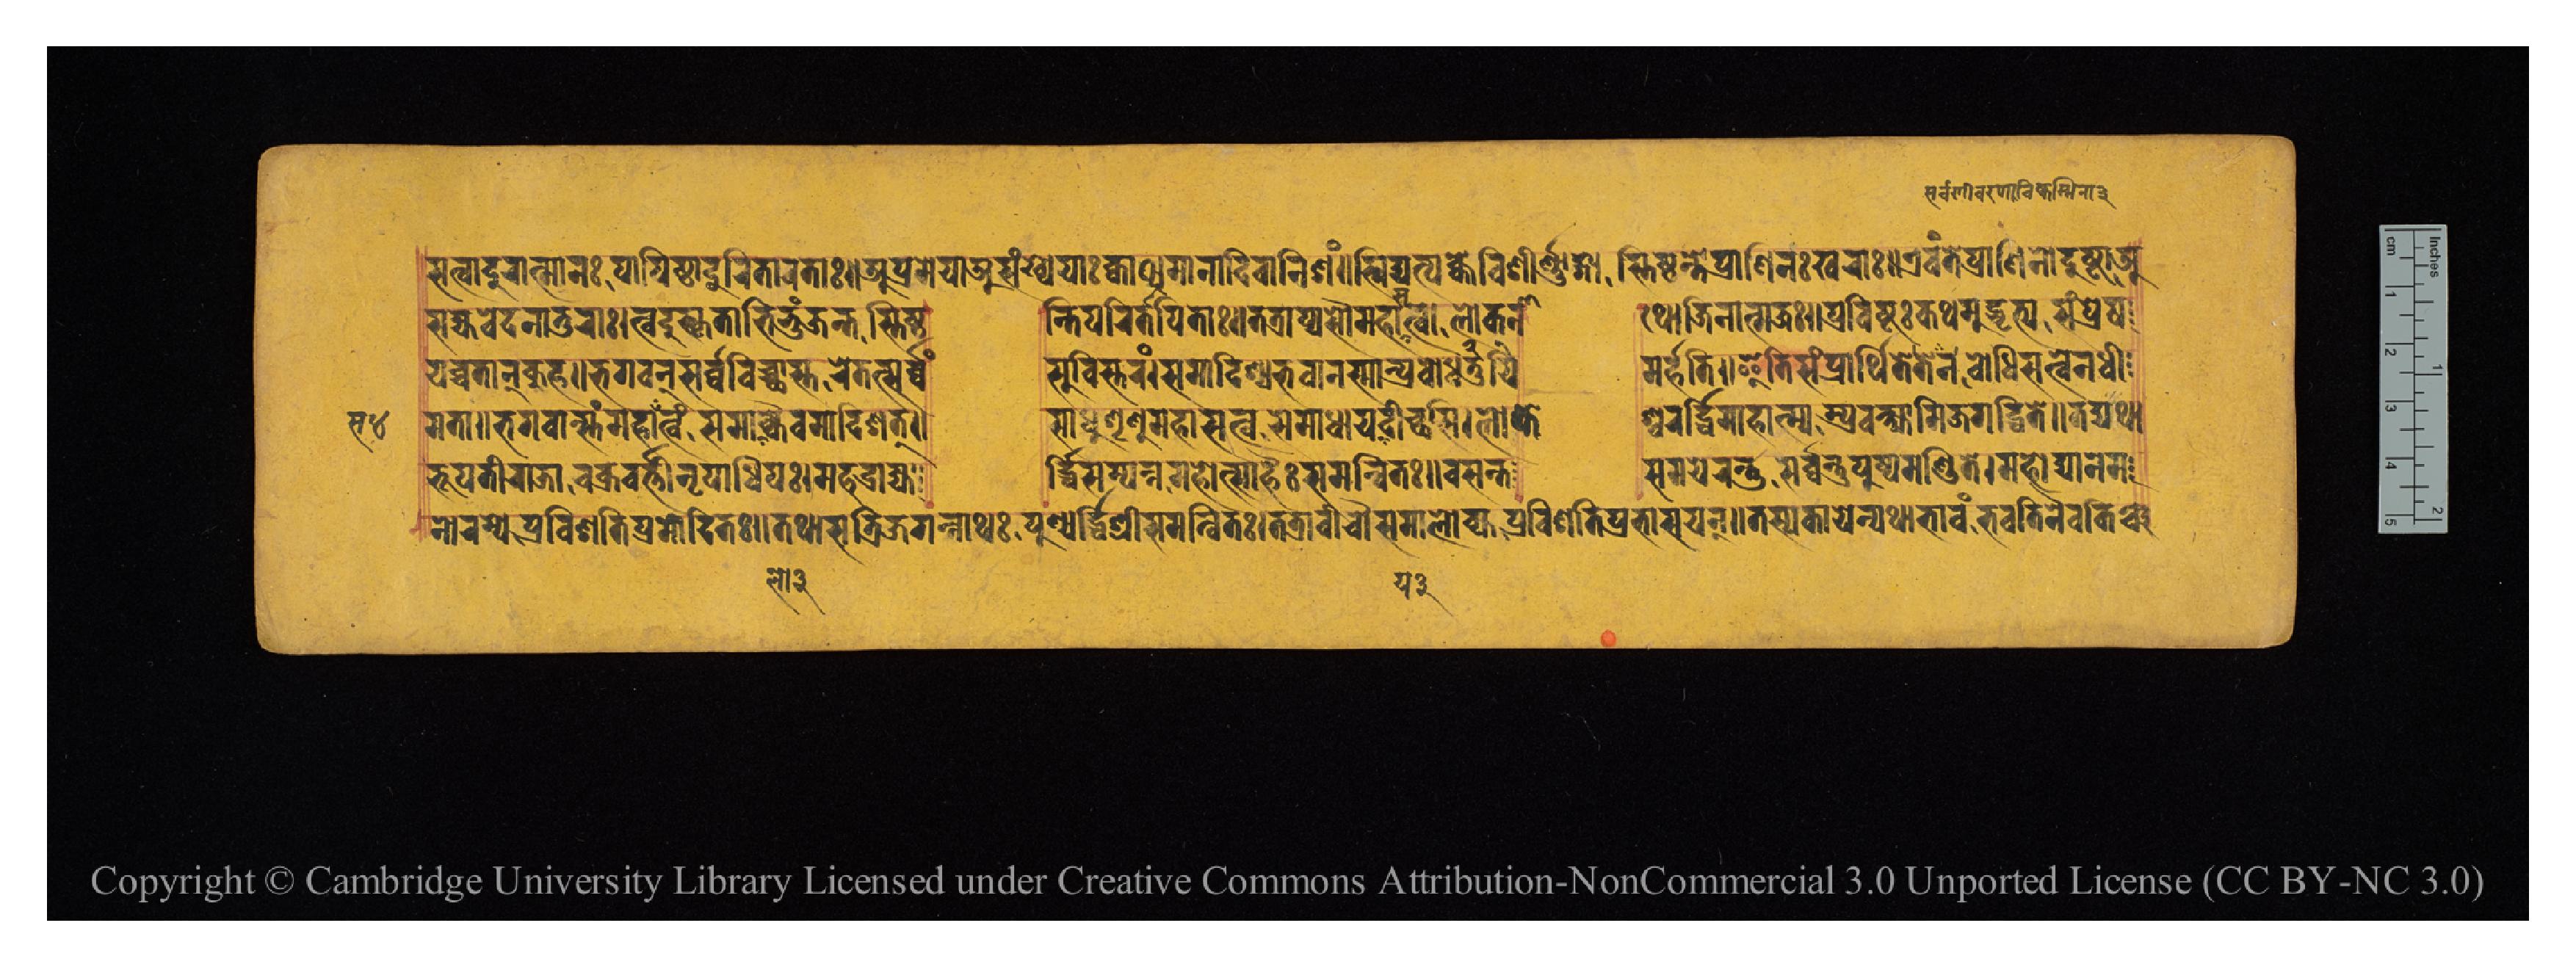
𑐳𑐟𑑂𑐰𑐵𑐡𑐸𑐬𑐵𑐟𑑂𑐩𑐵𑐣𑑅𑐥𑐵𑐥𑐶𑐲𑑂𑐛𑐵𑐡𑐸𑐬𑐶𑐟𑐵𑐬𑐟𑐵𑑅𑑌𑐀𑐥𑑂𑐬𑐩𑐾𑐫𑐵𑐀𑐳𑑄𑐏𑑂𑐫𑐾𑐫𑐵𑑅𑐎𑑂𑐰𑐵𑐠𑐩𑐵𑐣𑐵𑐡𑐶𑐰𑐵𑐣𑐶𑐱𑑄𑑌𑐏𑐶𑐡𑑂𑐫𑐟𑑂𑐫𑐴𑑂𑐣𑐾𑐰𑐶𑐱𑐷𑐬𑑂𑐞𑐵𑑄𑐐𑐵𑐳𑑂𑐟𑐶𑐲𑑂𑐛𑐶𑐣𑑂𑐟𑐾𑐥𑑂𑐬𑐵𑐞𑐶𑐣𑑅𑐏𑐬𑐵𑑅𑑌𑐊𑐰𑑄𑐟𑐾𑐥𑑂𑐬𑐵𑐞𑐶𑐣𑑀𑐡𑐸𑐲𑑂𑐚𑐵𑐀 𑐳𑐴𑑂𑐫𑐰𑐾𑐡𑐣𑐵𑐟𑐸𑐬𑐵𑑅𑑋𑐟𑑂𑐰𑐡𑐸𑐲𑑂𑐎𑐺𑐟𑐵𑐣𑐨𑐶𑐨𑐸𑐘𑑂𑐖𑐣𑑂𑐟𑐳𑑂𑐟𑐶𑐲𑑂𑐛𑐶  𑐣𑑂𑐟𑐶𑐥𑐵𑐬𑐶𑐟𑐵𑐥𑐶𑐟𑐵𑑅𑑌𑐟𑐟𑑂𑐬𑐵𑐥𑑂𑐫𑐳𑑁𑐩𑐴𑐵𑐳𑐟𑑂𑐰𑑀𑐮𑑀𑐎𑐾𑐣𑐵  𑐠𑑀𑐖𑐶𑐣𑐵𑐟𑑂𑐩𑐖𑑅𑑌𑐥𑑂𑐬𑐰𑐶𑐲𑑂𑐚𑑅𑐎𑐠𑐩𑐸𑐡𑑂𑐢𑐟𑑂𑐫𑐳𑑄𑐥𑑂𑐬𑐾𑐲 𑐫𑐾𑐔𑑂𑐔𑐟𑐵𑐣𑑂𑐎𑐸𑐴𑑌𑐨𑐐𑐰𑐣𑑂𑐳𑐬𑑂𑐰𑑂𑐰𑐰𑐶𑐔𑑂𑐕𑐵𑐳𑑂𑐟𑐬𑐾𑐟𑐟𑑂𑐳𑐬𑑂𑐰𑑂𑐰𑑄  𑐳𑐸𑐰𑐶𑐳𑑂𑐟𑐬𑑄𑑋𑐳𑐩𑐵𑐡𑐶𑐱𑑂𑐫𑐨𑐰𑐵𑐣𑐳𑑂𑐩𑐵𑐣𑑂𑐥𑑂𑐬𑐧𑑀𑐢𑐫𑐶  𑐩𑐬𑑂𑐴𑐟𑐶𑑌𑐂𑐟𑐶𑐳𑑄𑐥𑑂𑐬𑐵𑐬𑑂𑐠𑐶𑐟𑐾𑐟𑐾𑐣𑐧𑑀𑐢𑐶𑐳𑐟𑑂𑐰𑐾𑐣𑐢𑐷 𑐩𑐟𑐵𑑌𑐨𑐐𑐰𑐵𑐣𑑂𑐳𑑂𑐟𑑄𑐩𑐴𑐵𑐳𑐟𑑂𑐰𑑄𑐳𑐩𑐵𑐮𑑀𑐎𑑂𑐫𑐿𑐰𑐩𑐵𑐡𑐶𑐱𑐟𑑂𑑌  𑐳𑐵𑐢𑐸𑐱𑐺𑐞𑐸𑐩𑐴𑐵𑐳𑐟𑑂𑐰𑐳𑐩𑐵𑐢𑐵𑐫𑐫𑐡𑐷𑐔𑑂𑐕𑐳𑐶𑑋𑐮𑑀𑐎𑐾  𑐱𑑂𑐰𑐬𑐬𑑂𑐡𑑂𑐢𑐶𑐩𑐵𑐴𑐵𑐟𑑂𑐩𑑂𑐫𑑄𑐥𑑂𑐬𑐰𑐎𑑂𑐲𑑂𑐫𑐵𑐩𑐶𑐖𑐐𑐡𑑂𑐢𑐶𑐟𑐾𑑌𑐟𑐡𑑂𑐫𑐠𑐵 𑐨𑐹𑐥𑐟𑐷𑐬𑐵𑐖𑐵𑐔𑐎𑑂𑐬𑐰𑐬𑑂𑐟𑐷𑐣𑐺𑐥𑐵𑐢𑐶𑐥𑑅𑑋𑐩𑐴𑐡𑑂𑐬𑐵𑐖𑑂𑐫  𑐬𑑂𑐡𑑂𑐢𑐶𑐳𑑄𑐥𑐣𑑂𑐣𑐩𑐴𑑀𑐟𑑂𑐳𑐵𑐴𑐿𑑅𑐳𑐩𑐣𑑂𑐰𑐶𑐟𑑅𑑌𑐰𑐳𑐣𑑂𑐟  𑐳𑐩𑐫𑐾𑐬𑐣𑑂𑐟𑐸𑑄𑐳𑐬𑑂𑐰𑑂𑐰𑐟𑑂𑐬𑐥𑐸𑐲𑑂𑐥𑐩𑐞𑑂𑐜𑐶𑐟𑐾𑑋𑐩𑐴𑑀𑐡𑑂𑐫𑐵𑐣𑐾𑐩 𑐣𑑀𑐬𑐩𑑂𑐫𑐾𑐥𑑂𑐬𑐰𑐶𑐱𑐟𑐶𑐥𑑂𑐬𑐩𑑀𑐡𑐶𑐟𑑅𑑌𑐟𑐠𑐵𑐳𑐟𑑂𑐬𑐶𑐖𑐐𑐣𑑂𑐣𑐵𑐠𑐥𑐸𑐞𑑂𑐫𑐬𑑂𑐡𑑂𑐢𑐶𑐱𑑂𑐬𑐷𑐳𑐩𑐣𑑂𑐰𑐶𑐟𑑅𑑋𑐟𑐟𑑂𑐬𑐵𑐰𑐷𑐔𑑁𑐳𑐩𑐵𑐮𑑀𑐎𑑂𑐫𑐥𑑂𑐬𑐰𑐶𑐱𑐟𑐶𑐥𑑂𑐬𑐨𑐵𑐳𑐫𑐣𑑂𑑌𑐟𑐳𑑂𑐫𑐎𑐵𑐫𑐾𑐣𑑂𑐫𑐠𑐵𑐨𑐵𑐰𑑄𑐨𑐰𑐟𑐶𑐣𑐿𑐰𑐎𑐶𑐘𑑂𑐔